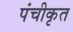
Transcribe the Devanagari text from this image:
पंचीकृत